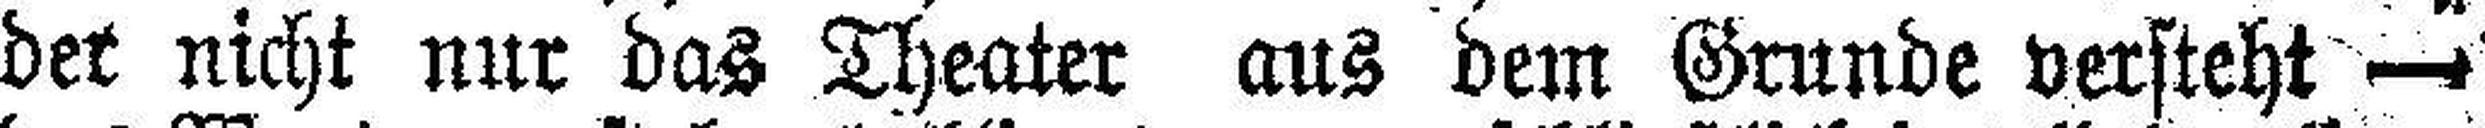
der nicht nur das Theater aus dem Grunde versteht —